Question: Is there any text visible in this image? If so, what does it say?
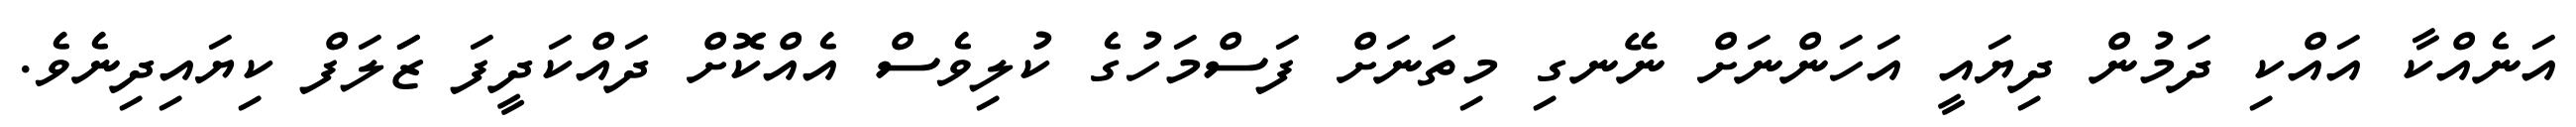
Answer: އަނެއްކާ އައްކި ދަމުން ދިޔައީ އަހަންނަށް ނޭނގި މިތަނަށް ފަސްމަހުގެ ކުލިވެސް އެއްކޮށް ދައްކަދީފަ ޒަަލަފް ކިޔައިދިނެވެ.